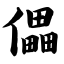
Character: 儡